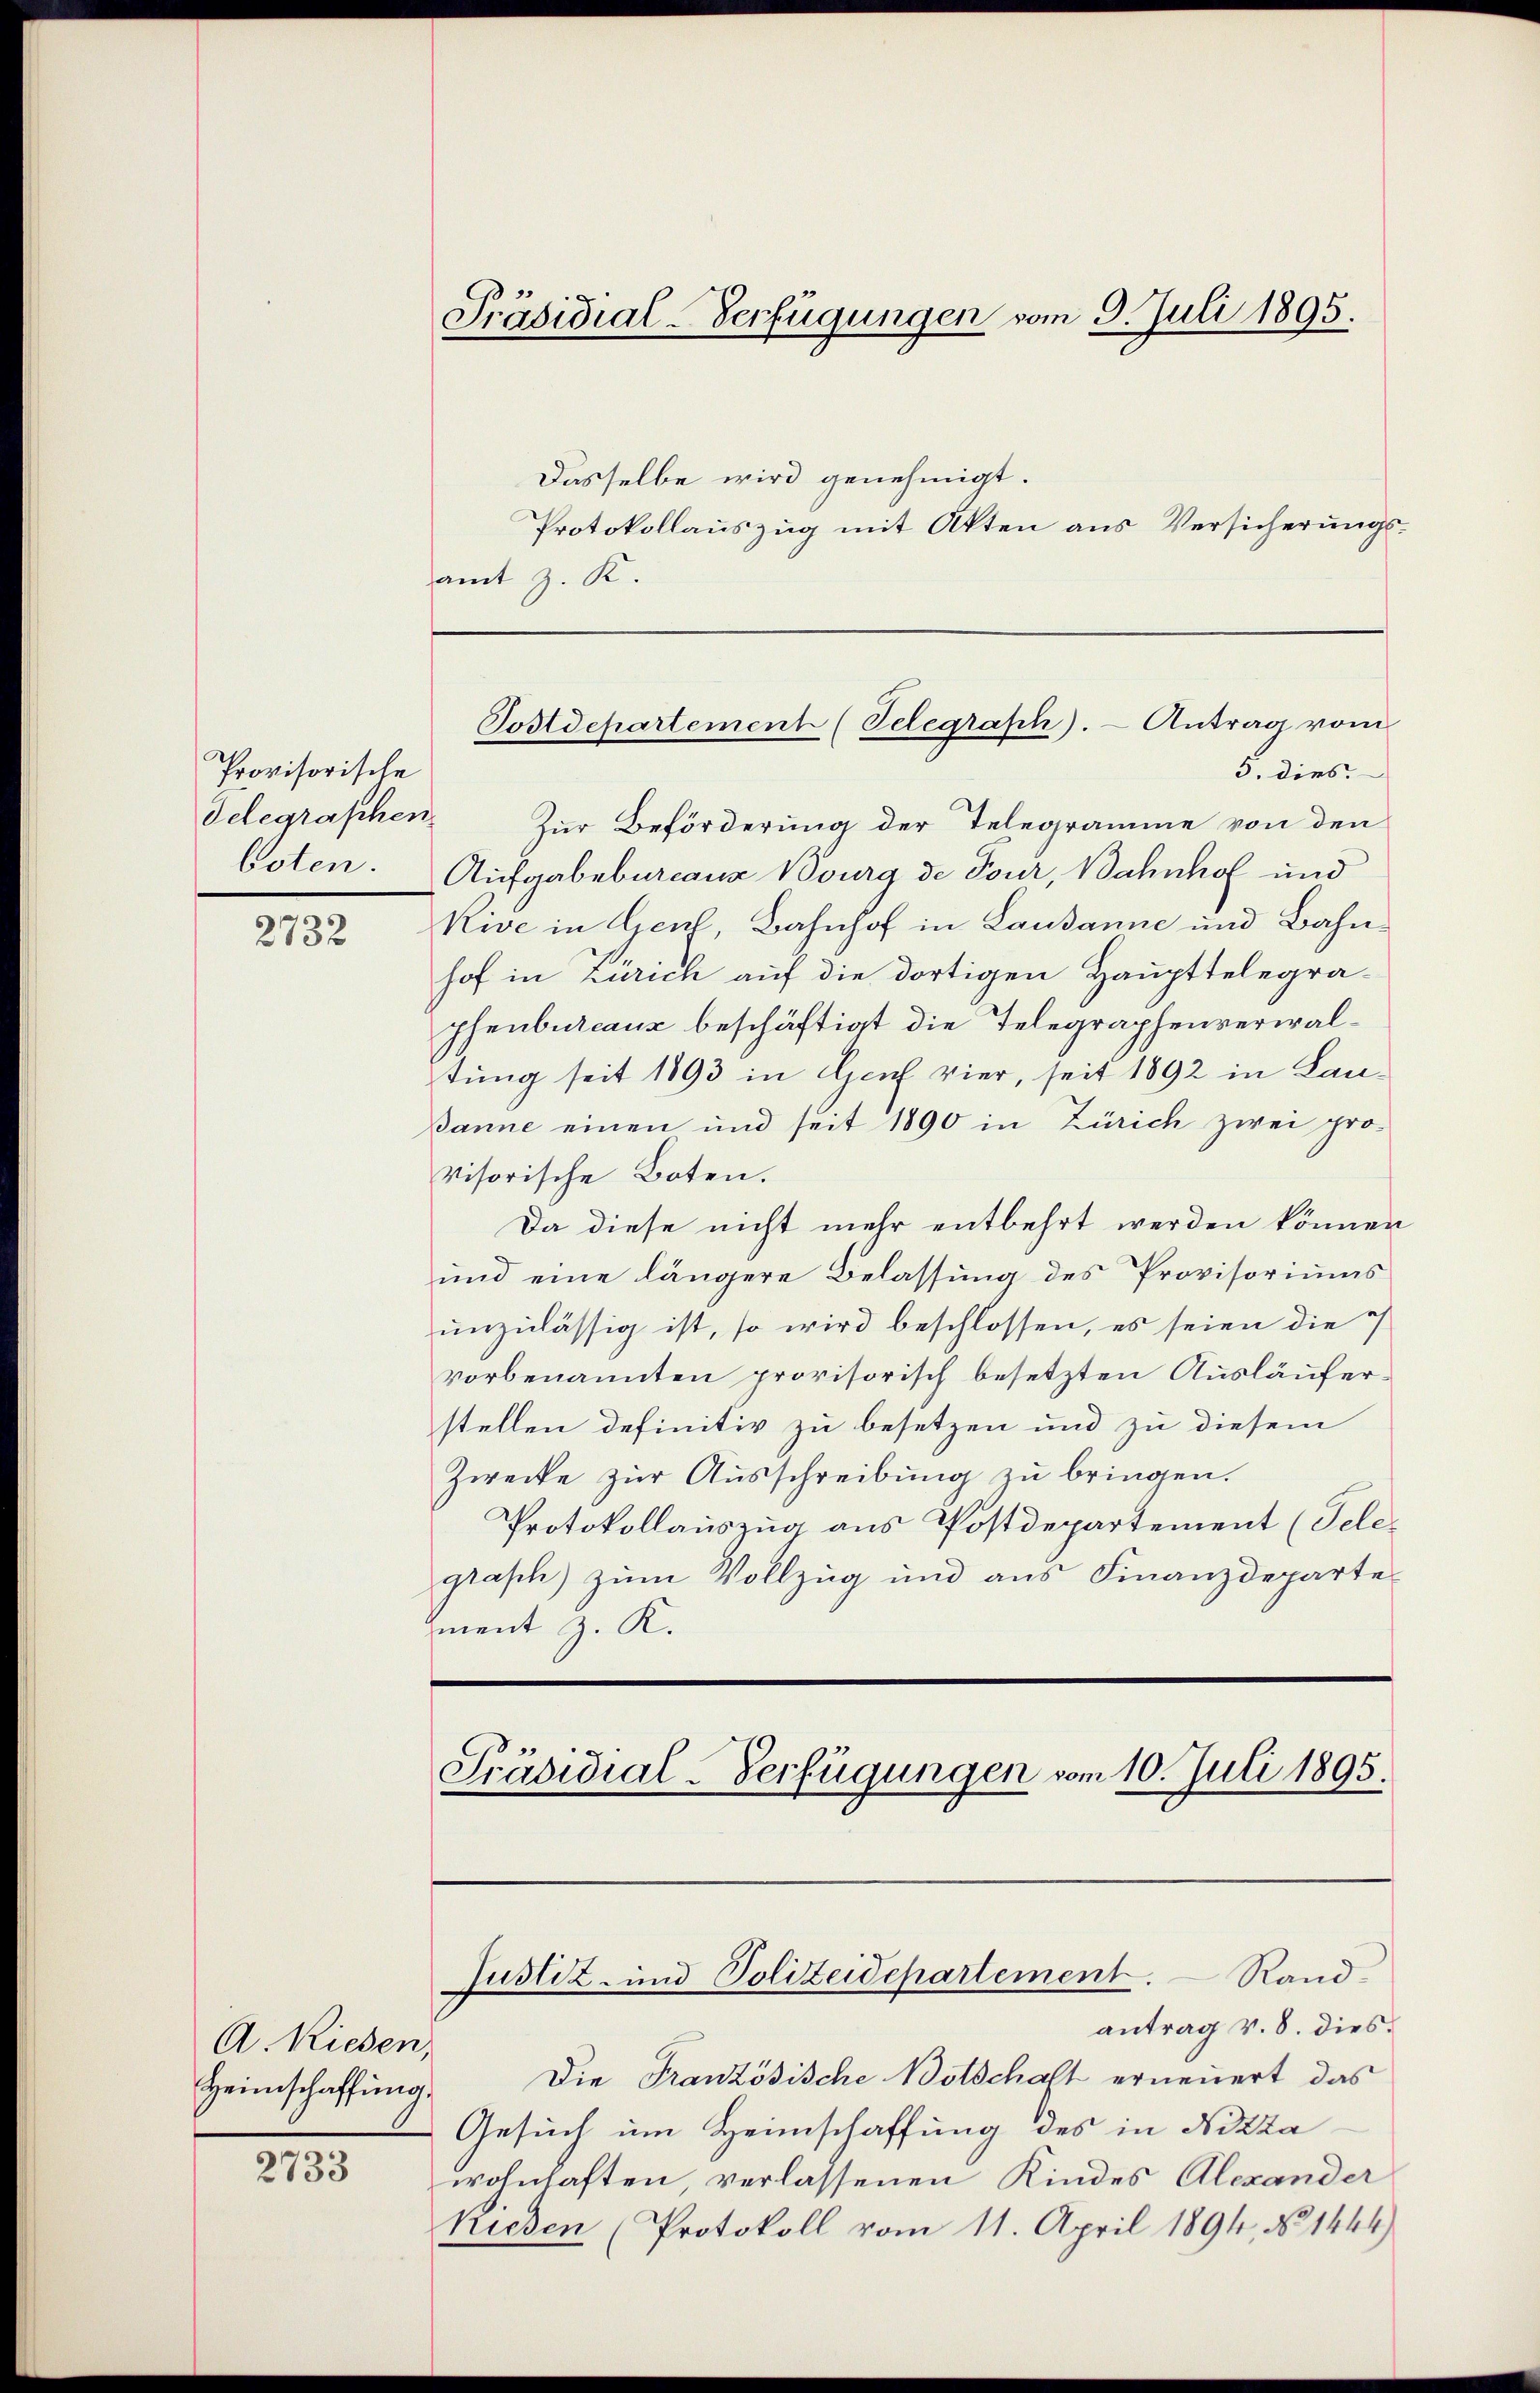
Provisorische
Telegraschen.
boten.

2732

A. Rieden,

2733

Präsidial-Verfügungen vom 9. Juli 1895.

Dasselbe wird genehmigt.
Protokollauszug mit Akten aus Versicherungsamt z. K.
5. dies
Zur Beförderung der Telegramme von den
Aufgabebureaus Bourg de Tour, Bahnhof und
Keve in Genf, Bahnhof in Lausanne und Bahnhof in Zürich auf die dortigen Haupttelegra-
phenbureaux beschäftigt die Telegraphenverwaltung seit 1893 in Genf vier, seit 1892 in Lau¬
Banne einen und seit 1890 in Zürich zwei provisorische Boten.
Da diese nicht mehr entbehrt werden können
und eine längere Belassung des Provisoriums
unzulässig ist, so wird beschlossen, es seien die
vorbenannten provisorisch besetzten Ausläuferstellen definitiv zu besetzen und zu diesem
Zwecke zur Ausschreibung zu bringen.
Protokollauszug aus Postdepartement (Telegrasch) zum Vollzug und aus Finanzdepartegment z. K.

Postdepartement (Telegraph). Antrag vom

Präsidial-Verfügungen vom 10. Juli 1895.

Justiz- und Polizeidepartement. Rand-
antrag v. 8. dies¬

Heimschaffung. Die Französische Botschaft erneuert das
Gesuch um Heimschaffung des in Nizza
wohnhaften, verlassenen Kindes Alexander
kiesen (Protokoll vom 11. April 1894, No 1444)